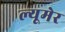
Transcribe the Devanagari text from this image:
ल्यूमेर